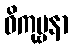
ဝိကုဗ္ဗနာ